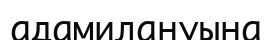
адамилануына